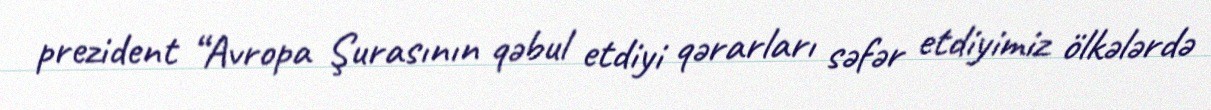
prezident “Avropa Şurasının qəbul etdiyi qərarları səfər etdiyimiz ölkələrdə